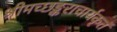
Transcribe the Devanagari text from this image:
श्रीमच्छङ्कराचार्यकृतं